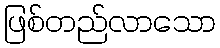
ဖြစ်တည်လာသော